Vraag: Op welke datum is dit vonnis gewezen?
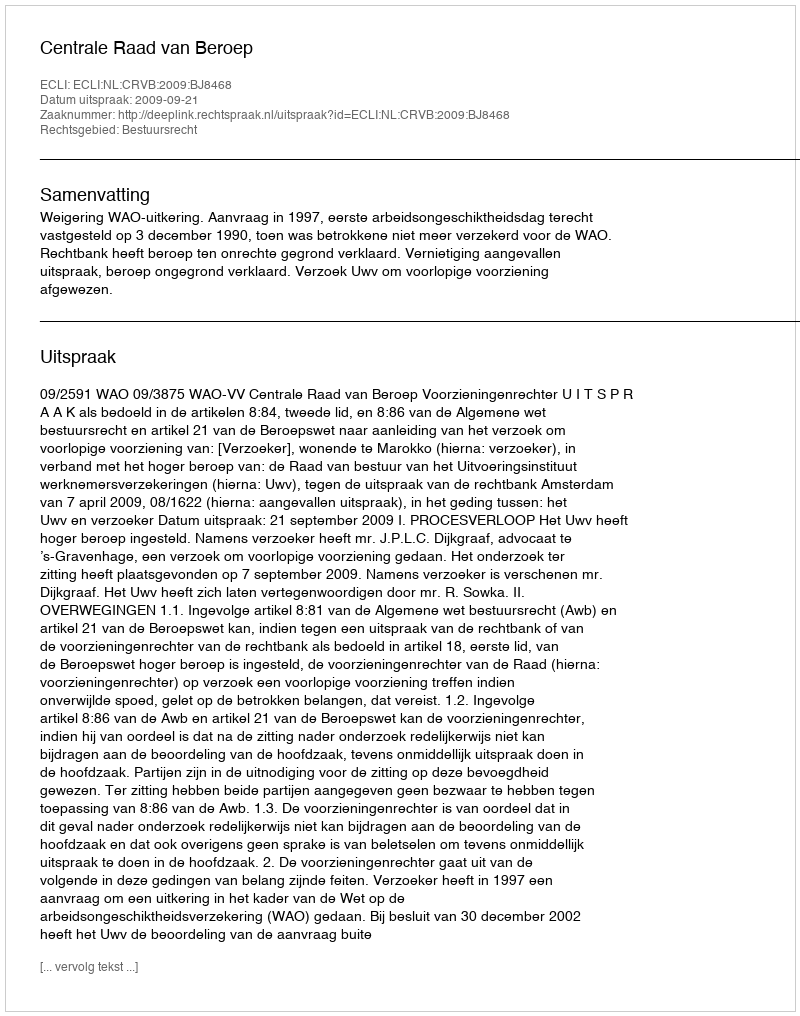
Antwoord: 2009-09-21